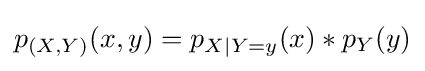
p_{(X,Y)}(x,y)=p_{X\mid Y=y}(x)*p_{Y}(y)